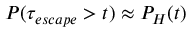
P ( \tau _ { e s c a p e } > t ) \approx P _ { H } ( t )